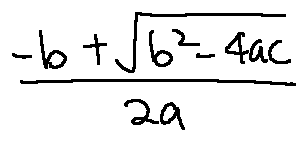
\frac { - b + \sqrt { b ^ { 2 } - 4 a c } } { 2 a }